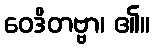
ဝေဒိတဗ္ဗာ၊ ၏။